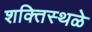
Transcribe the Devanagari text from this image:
शक्तिस्थळे